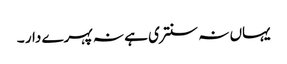
یہاں نہ سنتری ہے نہ پہرے دار ۔